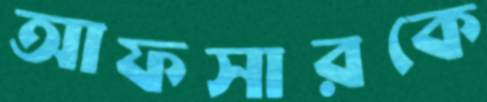
আফসারকে